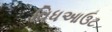
વિધઆઉટ